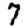
Digit: 7